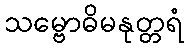
သမ္ဗောဓိမနုတ္တရံ